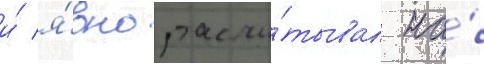
и́ я́вно рассчи́тывал на́